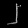
Digit: ၂